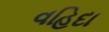
વહિદા